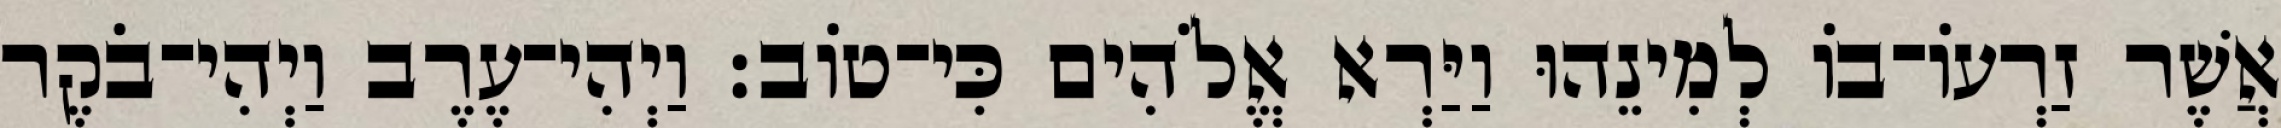
אֲשֶׁר זַרְעֹו־בֹו לְמִינֵהוּ וַיַּרְא אֱלֹהִים כִּי־טֹוב׃ וַיְהִי־עֶרֶב וַיְהִי־בֹקֶר